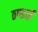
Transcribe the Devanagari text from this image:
ठण्डाई